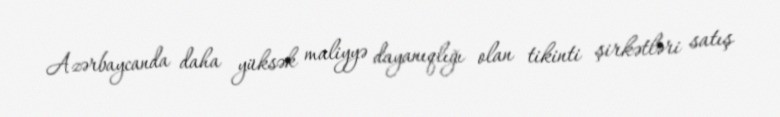
Azərbaycanda daha yüksək maliyyə dayanıqlığı olan tikinti şirkətləri satış